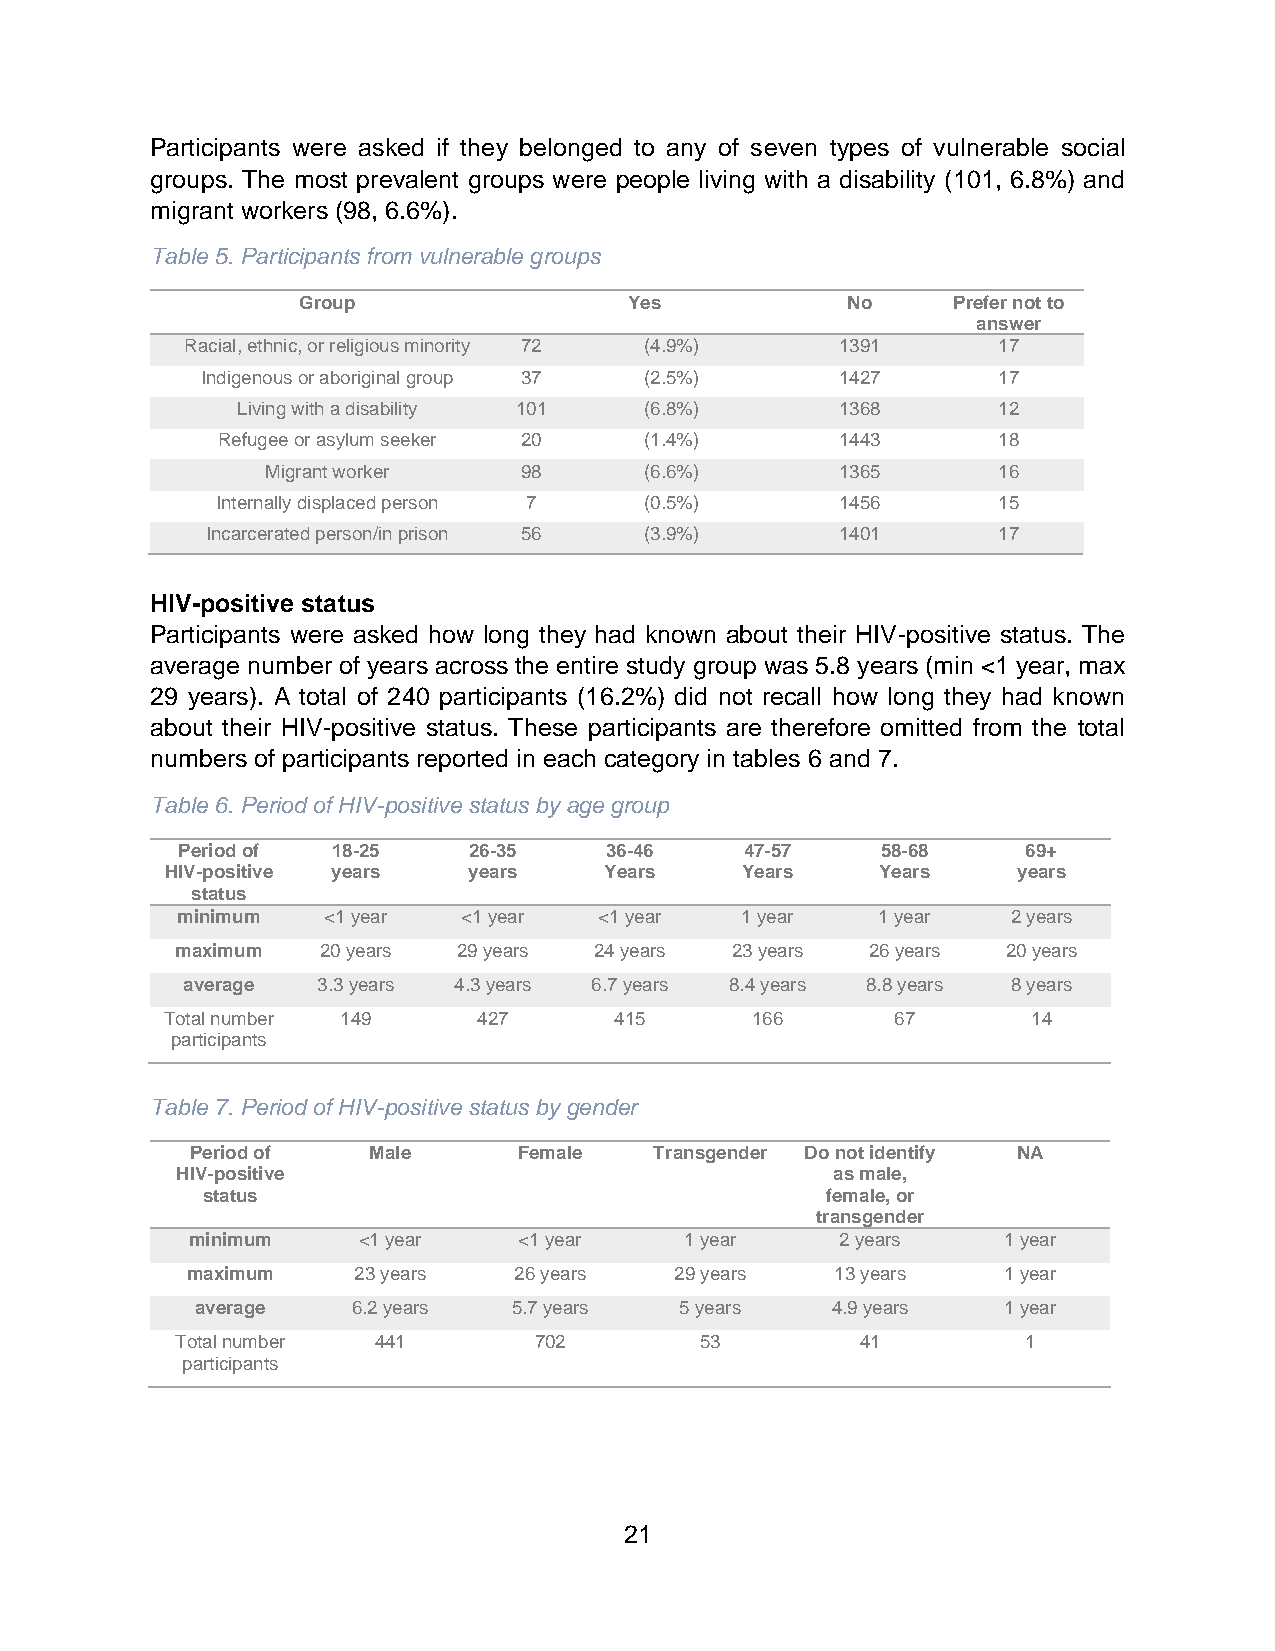
Participants were asked if they belonged to any of seven types of vulnerable social
 groups. The most prevalent groups were people living with a disability (101, 6.8%) and
 migrant workers (98, 6.6%).
 Table 5. Participants from vulnerable groups
 Group                 Yes           No     Prefer not to
 answer
 Racial, ethnic, or religious minority 72 (4.9%) 1391  17
 Indigenous or aboriginal group 37 (2.5%)   142 7     17
 Living with a disability 101 (6.8%)     136 8     12
 Refugee or asylum seeker 20  (1.4%)       144 3     18
 Migrant worker  98       (6.6%)       136 5     16
 Internally displaced person 7 (0.5%)      1456      15
 Incarcerated person/in prison 56 (3.9%)   1401      17
 HIV-positive status
 Participants were asked how long they had known about their HIV-positive status. The
 average number of years across the entire study group was 5.8 years (min <1 year, max
 29 years). A total of 240 participants (16.2%) did not recall how long they had known
 about their HIV-positive status. These participants are therefore omitted from the total
 numbers of participants reported in each category in tables 6 and 7.
 Table 6. Period of HIV-positive status by age group
 Period of 18-25    26-35    36-46    47-57    58-68     69+
 HIV-positive years  years    Years    Years    Years    years
 status
 minimum  <1 year   <1 year  <1 year  1 year   1 year   2 years
 maximum  20 years 29 years 24 years 23 years  26 years 20 years
 average  3.3 years 4.3 years 6.7 years 8.4 years 8.8 years 8 years
 Total number 149     427      415      166      67       14
 participants
 Table 7. Period of HIV-positive status by gender
 Period of  Male      Female   Transgender Do not identify NA
 HIV-positive                               as male,
 status                                    female, or
 transgender
 minimum     <1 year   <1 year    1 year     2 years   1 year
 maximum    23 years   26 years   29 years  13 years   1 year
 average   6.2 years  5.7 years  5 years   4.9 years  1 year
 Total number 441       702        53         41         1
 participants
 21